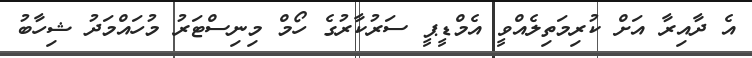
އެ ދާއިރާ އަށް ކުރިމަތިލެއްވީ އެމްޑީޕީ ސަރުކާރުގެ ހޯމް މިނިސްޓަރު މުހައްމަދު ޝިހާބު